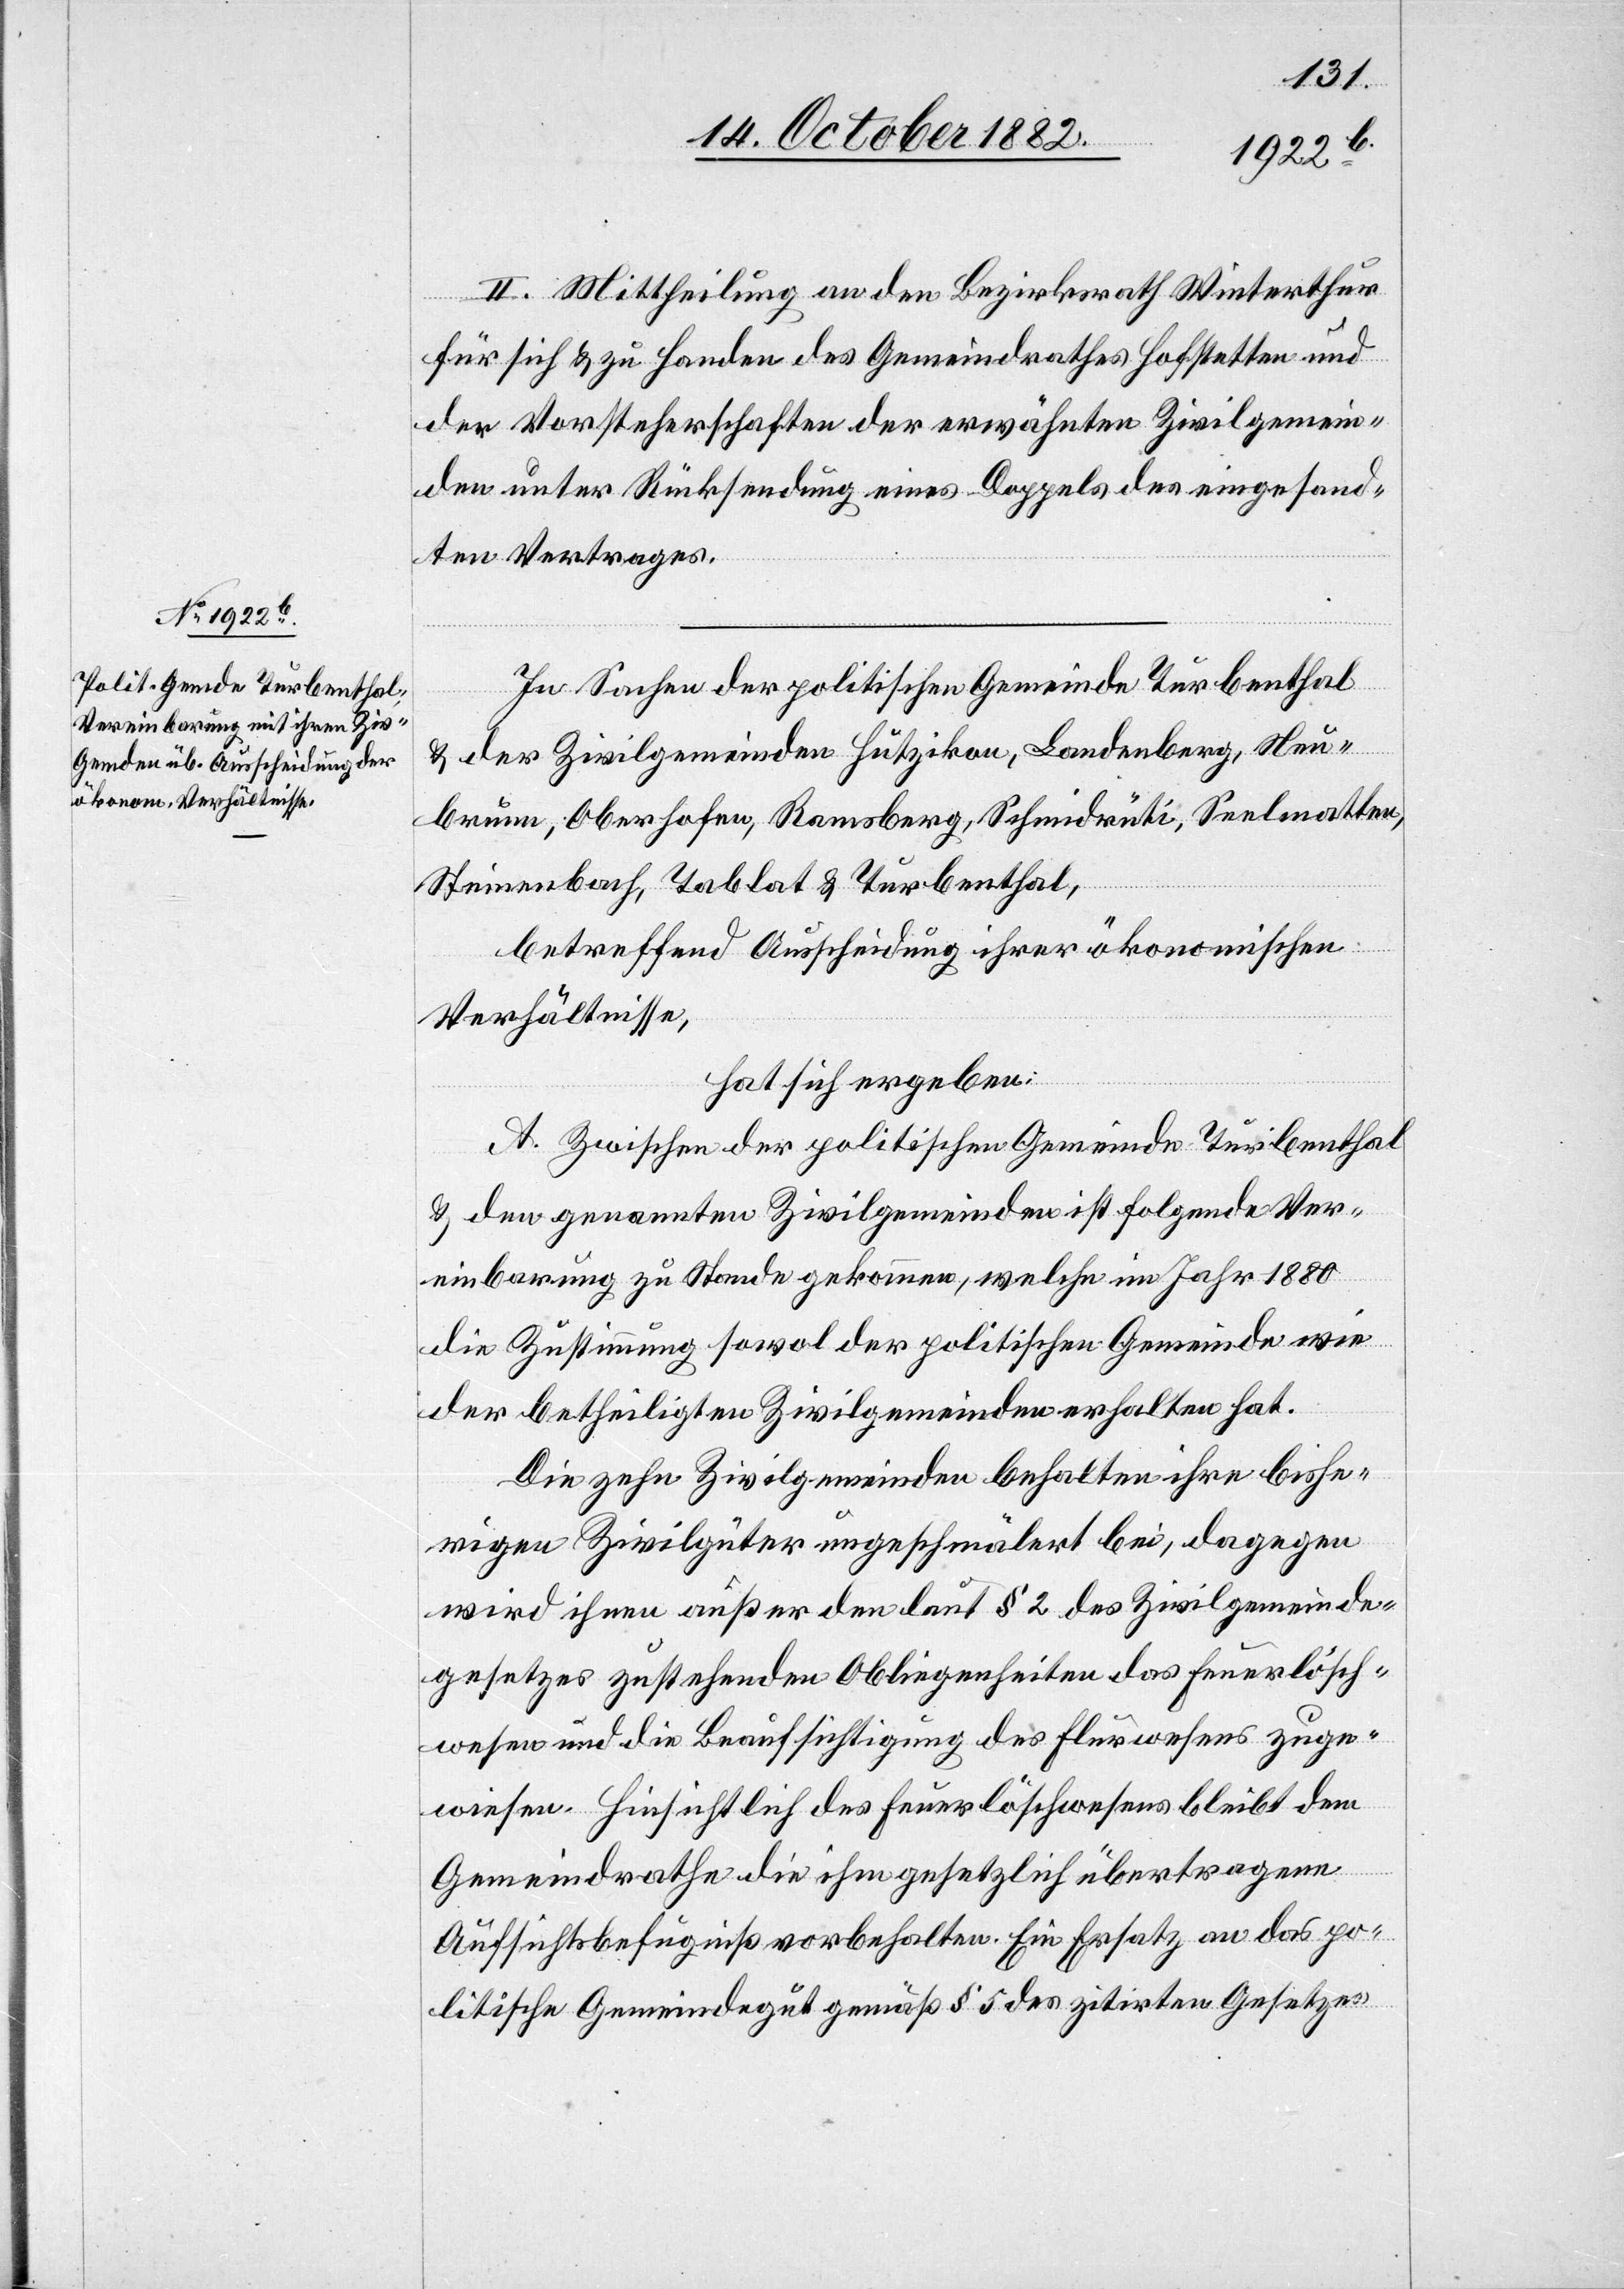
II. Mittheilung an den Bezirksrath Winterthur
für sich & zu Handen des Gemeindrathes Hofstetten und
der Vorsteherschaften der erwähnten Zivilgemein¬
den unter Rücksendung eines Doppels des eingesand¬
ten Vertrages.
In Sachen der politischen Gemeinde Turbenthal
& der Zivilgemeinden Hutzikon, Landenberg, Neu¬
brunn, Oberhofen, Ramsberg, Schmidrüti, Seelmatten,
Steinenbach, Tablat & Turbenthal,
betreffend Ausscheidung ihrer ökonomischen
Verhältnisse,
hat sich ergeben:
A. Zwischen der politischen Gemeinde Turbenthal
& den genannten Zivilgemeinden ist folgende Ver¬
einbarung zu Stande gekommen, welche im Jahr 1880
die Zustimmung sowol der politischen Gemeinde wie
der betheiligten Zivilgemeinden erhalten hat.
Die zehn Zivilgemeinden behalten ihre bishe¬
rigen Zivilgüter ungeschmälert bei, dagegen
wird ihnen außer den laut § 2 des Zivilgemeinde¬
gesetzes zustehenden Obliegenheiten das Feuerlösch¬
wesen und die Beaufsichtigung des Flurwesens zuge¬
wiesen. Hinsichtlich des Feuerlöschwesens bleibt dem
Gemeindrathe die ihm gesetzlich übertragene
Aufsichtsbefugniß vorbehalten. Ein Ersatz an das po¬
litische Gemeindegut gemäß § 5 des zitirten Gesetzes